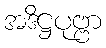
အဒိဋ္ဌပုဗ္ဗာ